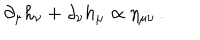
LaTeX: \partial _ { \mu } h _ { \nu } + \partial _ { \nu } h _ { \mu } \propto \eta _ { \mu \nu } \, .